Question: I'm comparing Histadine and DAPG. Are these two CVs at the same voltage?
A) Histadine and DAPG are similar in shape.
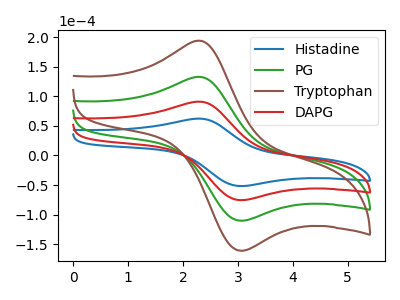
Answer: <think>The blue curve "Histadine" has an anodic peak at (2.30V, 62.25uA) and a cathodic peak at (3.05V, -51.75uA). The green curve "PG" has an anodic peak at (2.30V, 181.75uA) and a cathodic peak at (3.05V, -151.10uA). The brown curve "Tryptophan" has an anodic peak at (2.30V, 272.65uA) and a cathodic peak at (3.05V, -226.65uA). The red curve "DAPG" has an anodic peak at (2.30V, 90.90uA) and a cathodic peak at (3.05V, -75.55uA).
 All the peaks in "Histadine" have a peak in "DAPG" at the same potential. Every peak in "Histadine" is lower than every peak in "DAPG".</think>
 <answer>A) "Histadine" and "DAPG" are similar in shape.</answer>
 <eval>A</eval>